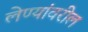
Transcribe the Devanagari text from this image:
लेण्यांवरील